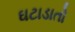
ઘટાડાતો